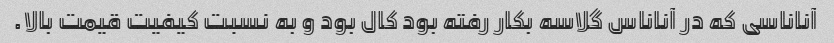
آناناسی که در آناناس گلاسه بکار رفته بود کال بود و به نسبت کیفیت قیمت بالا.